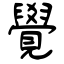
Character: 覺